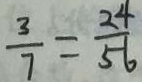
\frac { 3 } { 7 } = \frac { 2 4 } { 5 6 }